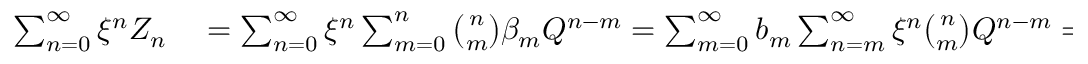
\begin{array} { r l } { \sum _ { n = 0 } ^ { \infty } \xi ^ { n } Z _ { n } } & { { } = \sum _ { n = 0 } ^ { \infty } \xi ^ { n } \sum _ { m = 0 } ^ { n } \binom { n } { m } \beta _ { m } Q ^ { n - m } = \sum _ { m = 0 } ^ { \infty } b _ { m } \sum _ { n = m } ^ { \infty } \xi ^ { n } \binom { n } { m } Q ^ { n - m } = \sum _ { m = 0 } ^ { \infty } b _ { m } \xi ^ { m } \sum _ { n = 0 } ^ { \infty } \xi ^ { n } \binom { n + m } { m } Q ^ { n } } \end{array}